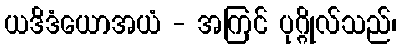
ယဒိဒံယောအယံ - အကြင် ပုဂ္ဂိုလ်သည်၊